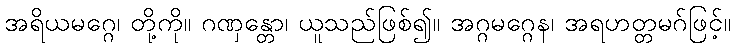
အရိယမဂ္ဂေ၊ တို့ကို။ ဂဏှန္တော၊ ယူသည်ဖြစ်၍။ အဂ္ဂမဂ္ဂေန၊ အရဟတ္တမဂ်ဖြင့်။